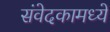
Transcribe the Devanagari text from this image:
संवेदकामध्ये